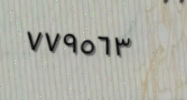
٧٧٩٥٦٣